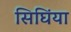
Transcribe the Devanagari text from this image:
सिघिंया